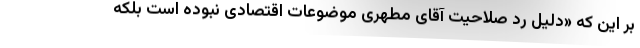
بر این که «دلیل رد صلاحیت آقای مطهری موضوعات اقتصادی نبوده است بلکه